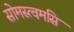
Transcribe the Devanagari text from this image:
सोमस्त्वमसि